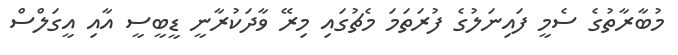
މުބާރާތުގެ ސެމީ ފައިނަލުގެ ފުރަތަމަ މެޗުގައި މިރޭ ވާދަކުރާނީ ޑީބީސީ އާއި އީގަލްސް